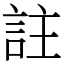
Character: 註